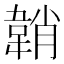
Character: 韒